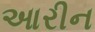
આરીન